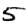
Digit: 5